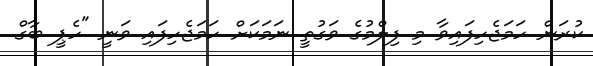
ކުރަން ހަމަޖެހިފައިވާ މި ފިލްމުގެ ވަގުތީ ނަމަކަށް ހަމަޖެހިފައި ވަނީ "ހެޕީ ބާގް